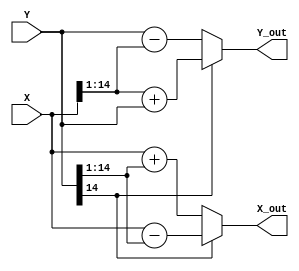
module Unit_Stage_B(
	input signed [15-1:0] X, Y, 
	output reg signed [15-1:0] X_out, Y_out
);
	parameter i = 1;
	
	reg u;
	// u = -sgn(Y), u=1 for negative, u=0 for positive
	always @(*) begin
		if (Y[14] == 0) // Y >= 0
			u = 1'b1;
		else
			u = 1'b0;
	end
	
	reg signed [15-1:0] X_s, Y_s;
	always @(*) begin
		// Arithmetic right shift
		X_s = X >>> i;
		Y_s = Y >>> i;
		
		// u is positive
		if (u == 0) begin
			X_out = X - Y_s;
			Y_out = X_s + Y;
		end
		// u is negative
		else begin
			X_out = X + Y_s;
			Y_out = Y - X_s;
		end
	end

endmodule